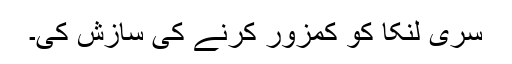
سری لنکا کو کمزور کرنے کی سازش کی۔